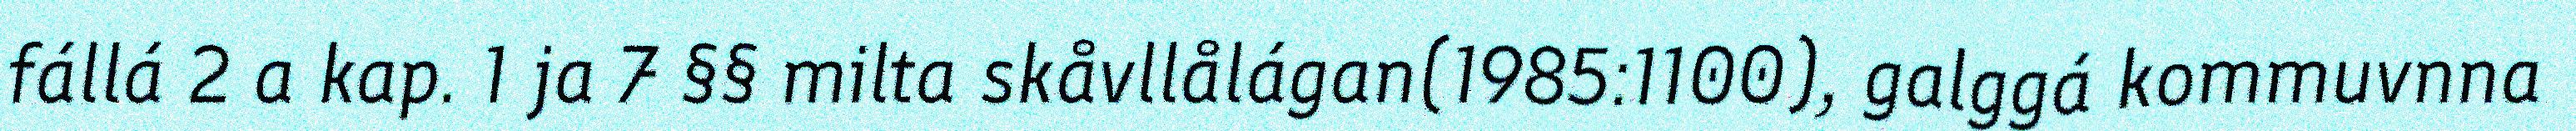
fállá 2 a kap. 1 ja 7 §§ milta skåvllålágan(1985:1100), galggá kommuvnna